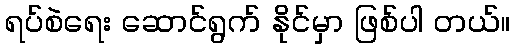
ရပ်စဲရေး ဆောင်ရွက် နိုင်မှာ ဖြစ်ပါ တယ်။